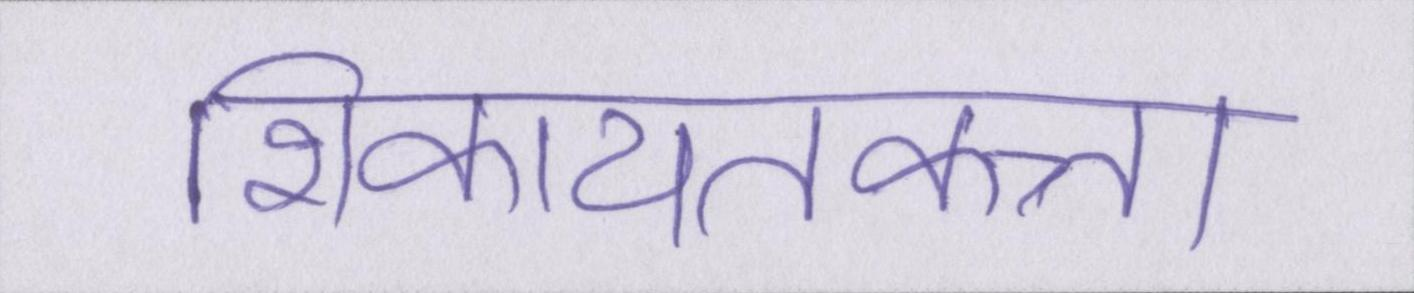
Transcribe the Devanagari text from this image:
शिकायतकत्र्ता